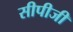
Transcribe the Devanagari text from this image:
सीपीजी